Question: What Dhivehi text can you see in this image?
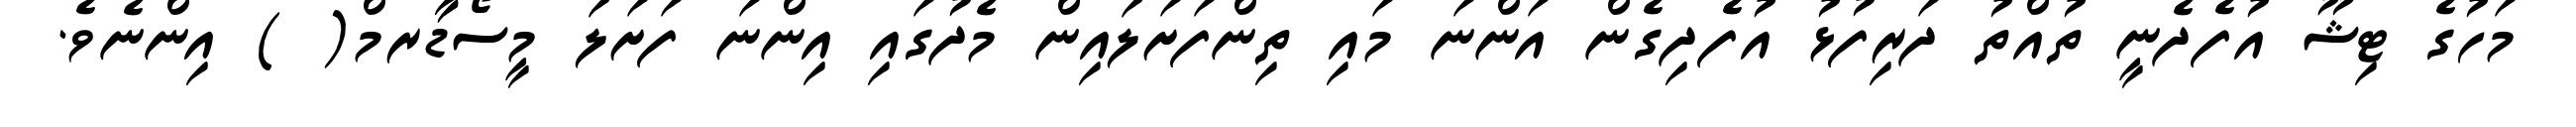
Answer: މަހުގެ ޓިޝޫ އުފެދެނީ ތުއްތު ދަރިފުޅު އުފެދިގެން އަންނަ މައި ތިންފަށަލައިން މެދުގައި އިންނަ ފަށަލަ މީސޯޑާރމް( ) އިންނެވެ.